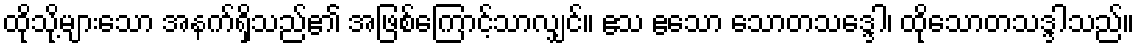
ထိုသို့များသော အနက်ရှိသည်၏ အဖြစ်ကြောင့်သာလျှင်။ ဧသ ဧသော သောတသဒ္ဒေါ၊ ထိုသောတသဒ္ဒါသည်။